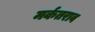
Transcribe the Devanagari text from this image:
मर्कतराव